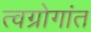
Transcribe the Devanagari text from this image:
त्वग्रोगांत